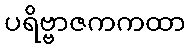
ပရိဗ္ဗာဇကကထာ